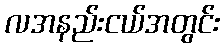
လအနည်းငယ်အတွင်း